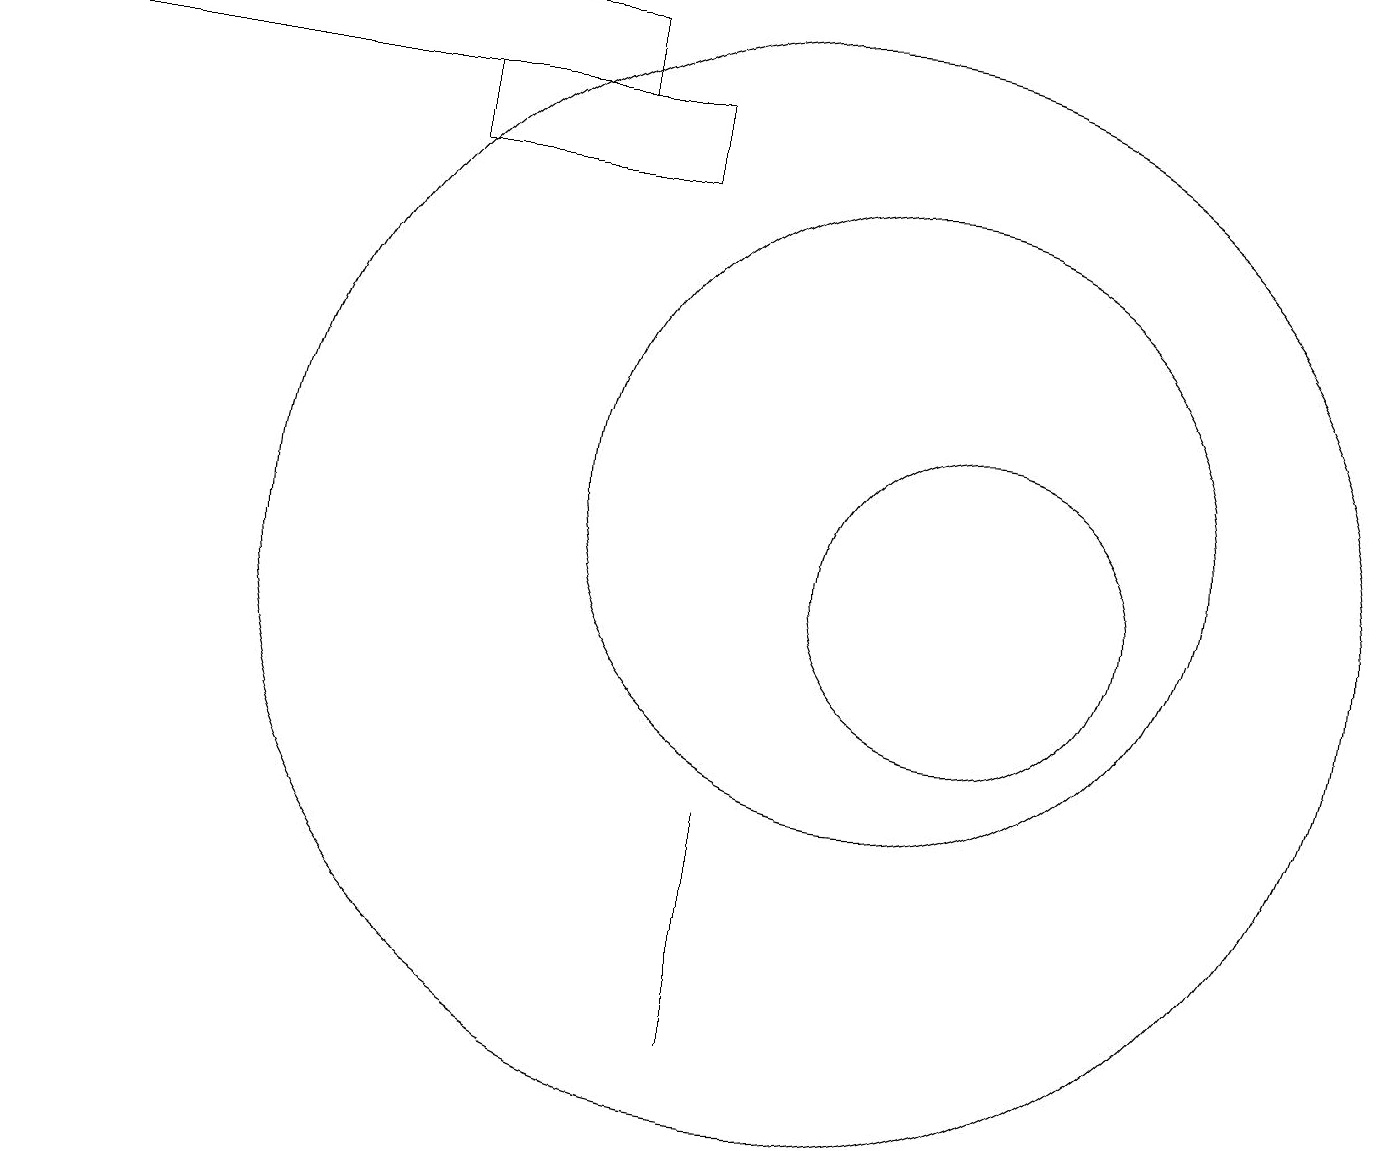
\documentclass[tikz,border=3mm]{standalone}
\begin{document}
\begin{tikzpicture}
\draw (5,16) rectangle (8,15);
\draw (9,7) -- (9,4) -- (9,6) -- cycle;
\draw (12,10) circle (2);
\draw (10,10) circle (7);
\draw (0,17) rectangle (7,16);
\draw (11,11) circle (4);
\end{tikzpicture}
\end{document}